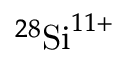
^ { 2 8 } \mathrm { S i } ^ { 1 1 \mathbf { + } }